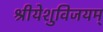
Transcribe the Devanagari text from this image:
श्रीयेशुविजयम्